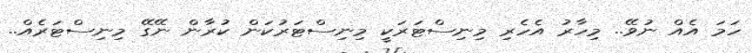
ހަމަ އެއް ނުވޭ.. މިހާރު އެހެރި މިނިސްޓަރަކީ މިނިސްޓަރުކަން ކުރާން ނޭގޭ މިނިސްޓަރެއް..